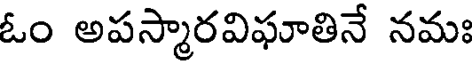
ఓం అపస్మారవిఘాతినే నమః